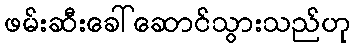
ဖမ်းဆီးခေါ်ဆောင်သွားသည်ဟု